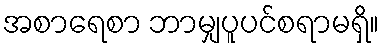
အစာရေစာ ဘာမျှပူပင်စရာမရှိ။